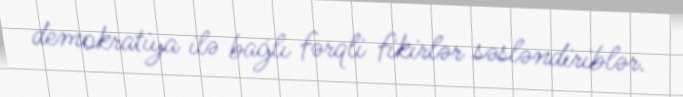
demokratiya ilə bağlı fərqli fikirlər səsləndiriblər.